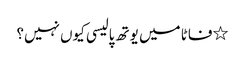
٭فاٹا میں یوتھ پالیسی کیوں نہیں؟